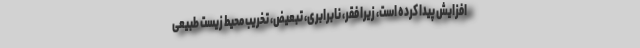
افزایش پیدا کرده است، زیرا فقر، نابرابری، تبعیض، تخریب محیط زیست طبیعی